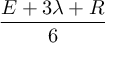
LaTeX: \frac { E + 3 \lambda + R } { 6 }